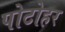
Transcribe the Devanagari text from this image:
पोटोहर